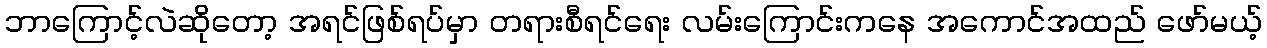
ဘာကြောင့်လဲဆိုတော့ အရင်ဖြစ်ရပ်မှာ တရားစီရင်ရေး လမ်းကြောင်းကနေ အကောင်အထည် ဖော်မယ့်